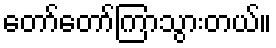
တော်တော်ကြာသွားတယ်။